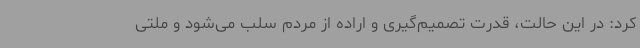
کرد: در این حالت، قدرت تصمیم‌گیری و اراده از مردم سلب می‌شود و ملتی